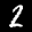
Label: 2